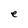
Character: e